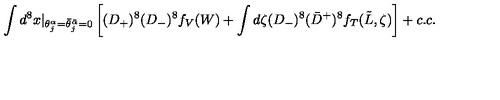
\int d ^ { 8 } x \vert _ { \theta _ { j } ^ { \alpha } = \bar { \theta } _ { j } ^ { \bar { \alpha } } = 0 } \left[ ( D _ { + } ) ^ { 8 } ( D _ { - } ) ^ { 8 } f _ { V } ( W ) + \int d \zeta ( D _ { - } ) ^ { 8 } ( \bar { D } ^ { + } ) ^ { 8 } f _ { T } ( \tilde { L } , \zeta ) \right] + c . c .